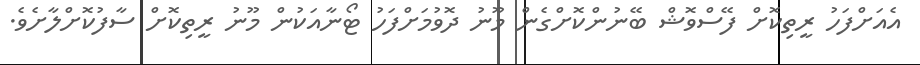
އެއަށްފަހު ރީތިކޮށް ފޭސްވޮޝް ބޭނުންކޮށްގެން މޫނު ދޮވުމަށްފަހު ޓޯނާއަކުން މޫނު ރީތިކޮށް ސާފުކޮށްލާށެވެ.